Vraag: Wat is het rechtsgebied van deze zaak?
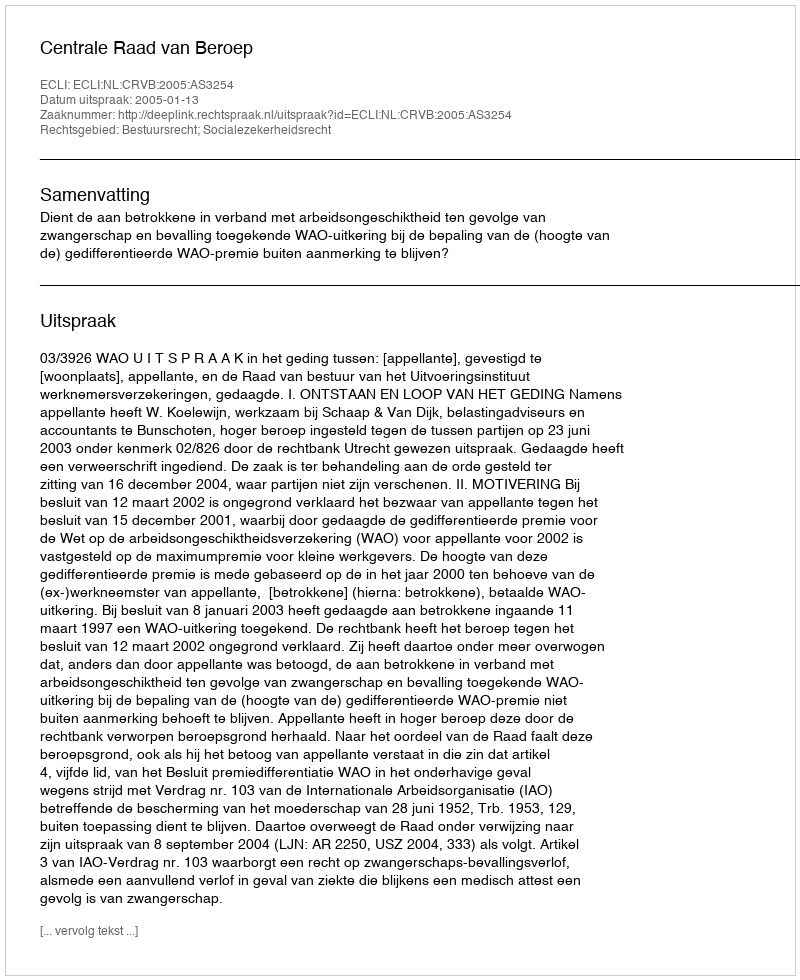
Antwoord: Bestuursrecht; Socialezekerheidsrecht